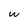
Character: w